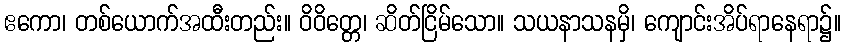
ဧကော၊ တစ်ယောက်အထီးတည်း။ ဝိဝိတ္တေ၊ ဆိတ်ငြိမ်သော။ သယနာသနမှိ၊ ကျောင်းအိပ်ရာနေရာ၌။